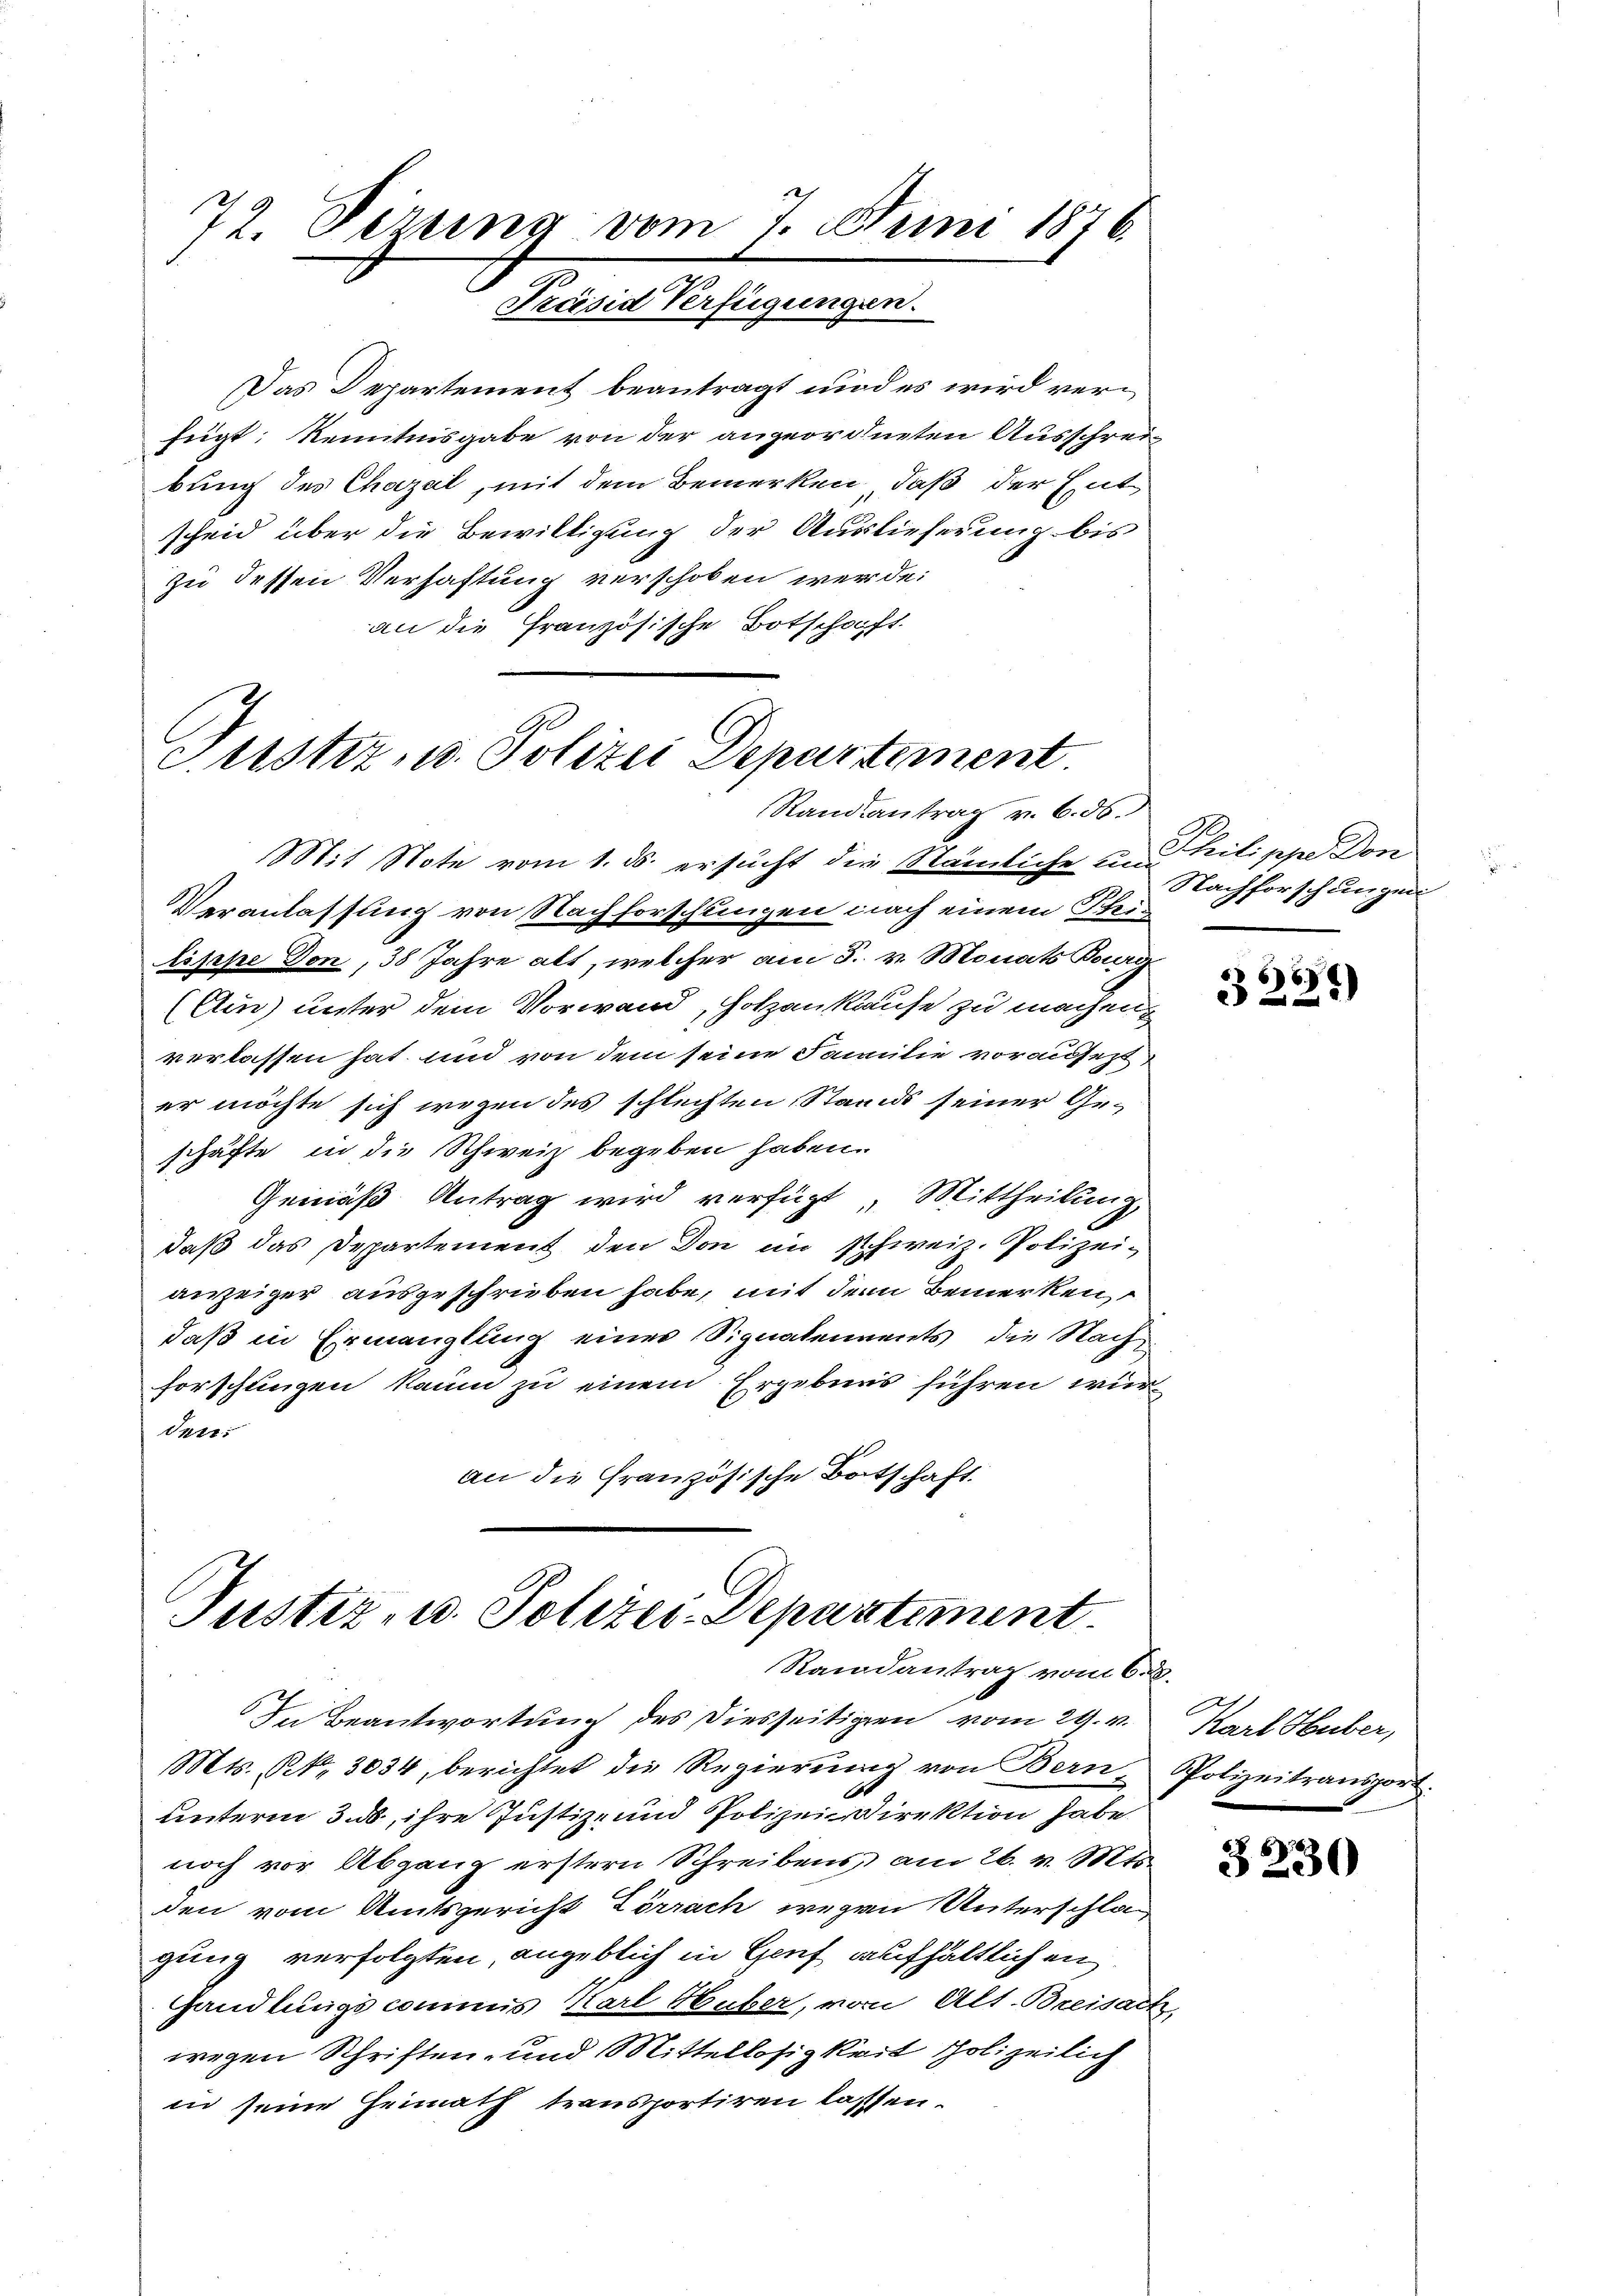
Das Departement beantragt und es wird verfeigt, Kenntnisgabe von der angeordneten Ausschrei
bung des Chazal, mit dem Bemerken, daß der Entscheid über die Bewilligung der Auslieferung bis
zu dessen Verhaftung verschoben werde:
an die Französische Botschaft.

72. Dezung vom 7. Juni 1876.
Présid Verfügungen.

Justiz, u. Polizei Departement.
Standsantrag v. 6. ds.

Justiz- u. Polizei-Departement.
Randantrag vom 6. d.

Mit Note vom 1. ds. ersucht die Stämmliche in Philippe Don
Veranlassung von Nachforschungen nach einem This
lispe Don, 38 Jahre alt, welcher am 5. v. Monats Burg
(Ai) unter dem Vorwand, Holzen kaufe zu machen,
verlassen hat und von dem seine Familie voraufet
er möchte sich wegen des schlechten Stands seiner Geschäfte in die Schweiz begeben haben.
Gemäß Antrag wird verfügt, Mittheilung,
daß das Departement den Don im Schweiz. Polizeianzeiger ausgeschrieben habe, mit dem Bemerken
daß in Ermanglung einer Signalements, die Nach¬
Forschungen kaum zu einem Ergebnis führen wir
ten.
an die französische Botschaft.

In Beantwortung des Diesseitigen vom 29. v. Karl Huber,
Mts. Bd. 3034, berichtet die Regierŭng von Bern. Polizeitransport.
unterm 3. ds, ihre Justiz- und Polizei Direktion habe.
noch vor Abgang erstern Schreibens am 26. v. Mts.
den vom Amtsgericht Lörrach wegen Unterschlagung verfolgten, angeblich in Genf aufhältlichen
Handlungscommis Karl Huber, von Alt. Breisach,
wegen Schriften- und Mittellosigkeit Polizeilich
in seine Heimath transportiren lassen.

Nachforschungen

668)

6
3230